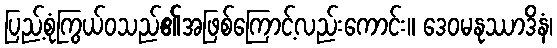
ပြည့်စုံကြွယ်ဝသည်၏အဖြစ်ကြောင့်လည်းကောင်း။ ဒေဝမနုဿာဒိနံ၊